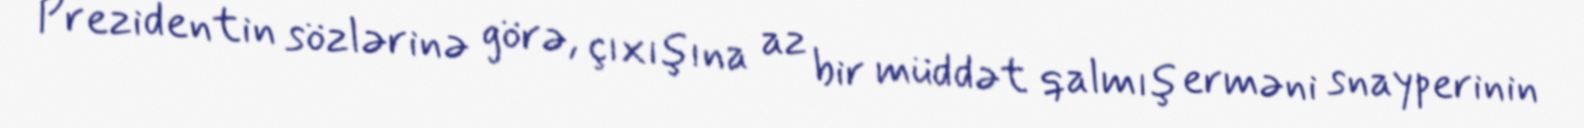
Prezidentin sözlərinə görə, çıxışına az bir müddət qalmış erməni snayperinin